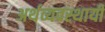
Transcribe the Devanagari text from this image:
अर्थव्यवस्थायी